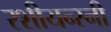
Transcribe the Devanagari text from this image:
रशीयन्स्नी